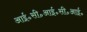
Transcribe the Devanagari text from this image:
आई॰सी॰आई॰सी॰आई॰